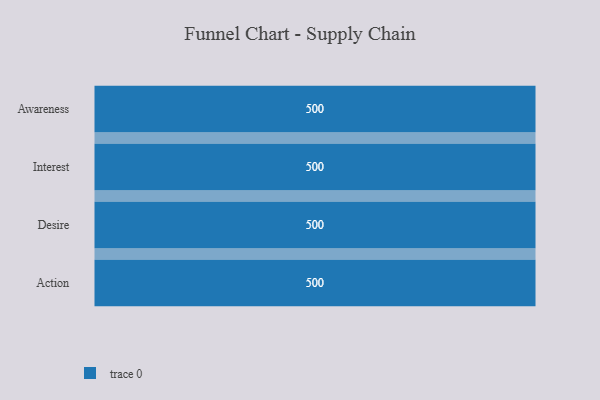
{"axis": {"x": "Stage", "y": "Value"}, "legend": [""], "data": [{"x": "Awareness", "y": 500, "type": ""}, {"x": "Interest", "y": 500, "type": ""}, {"x": "Desire", "y": 500, "type": ""}, {"x": "Action", "y": 500, "type": ""}]}